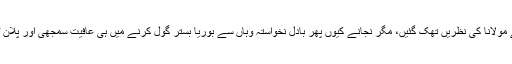
شہراقتدار میں اقتدار کی طرف للچائی نظروں سے دیکھتے دیکھتے مولانا کی نظریں تھک گئیں، مگر نجانے کیوں پھر بادل نخواستہ وہاں سے بوریا بستر گول کرنے میں ہی عافیت سمجھی اور پلان ٹو کا نام لے کر رہی سہی سیاسی عزت بچانے کی کوشش کی گئی۔